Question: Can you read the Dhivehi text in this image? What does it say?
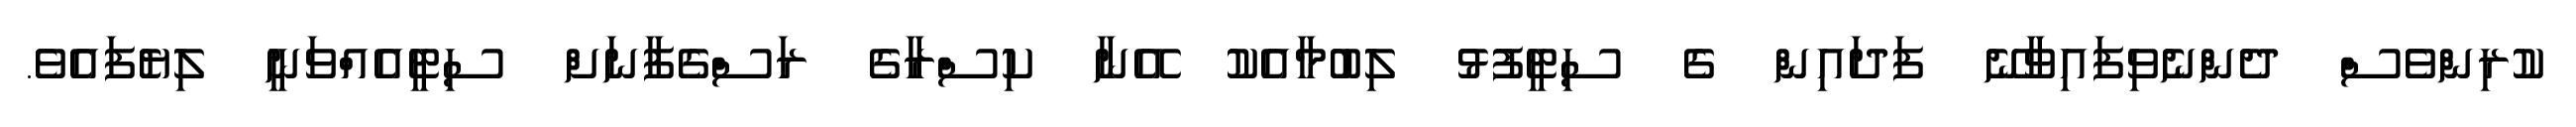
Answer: ކުރިންވެސް ދެންނެވިފައިވާނޭ ފަދައިން ގެ ސިޓީފުޅު ލިބުމާއެކު އޭނާ ކިސްރާގެ ރަސްގެފާނަށް ސިޓީއެއްވަނީ ލިޔެފައެވެ.